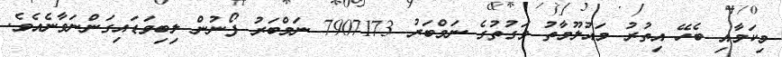
މިކަމާއި ބެހޭ އިތުރު މައުލޫމާތު ވަގުތުގެ ނަމްބަރު 7907173 ނަމްބަރު ފޯނުން ލިބިވަޑައިގަންނަވާނެއެވެ.